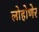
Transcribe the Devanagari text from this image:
लोहोणेर